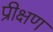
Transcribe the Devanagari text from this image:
प्रीक्षण